65_HS1-834228961_62-HQ-83894_Section_1
Agency: FBI
Page 180
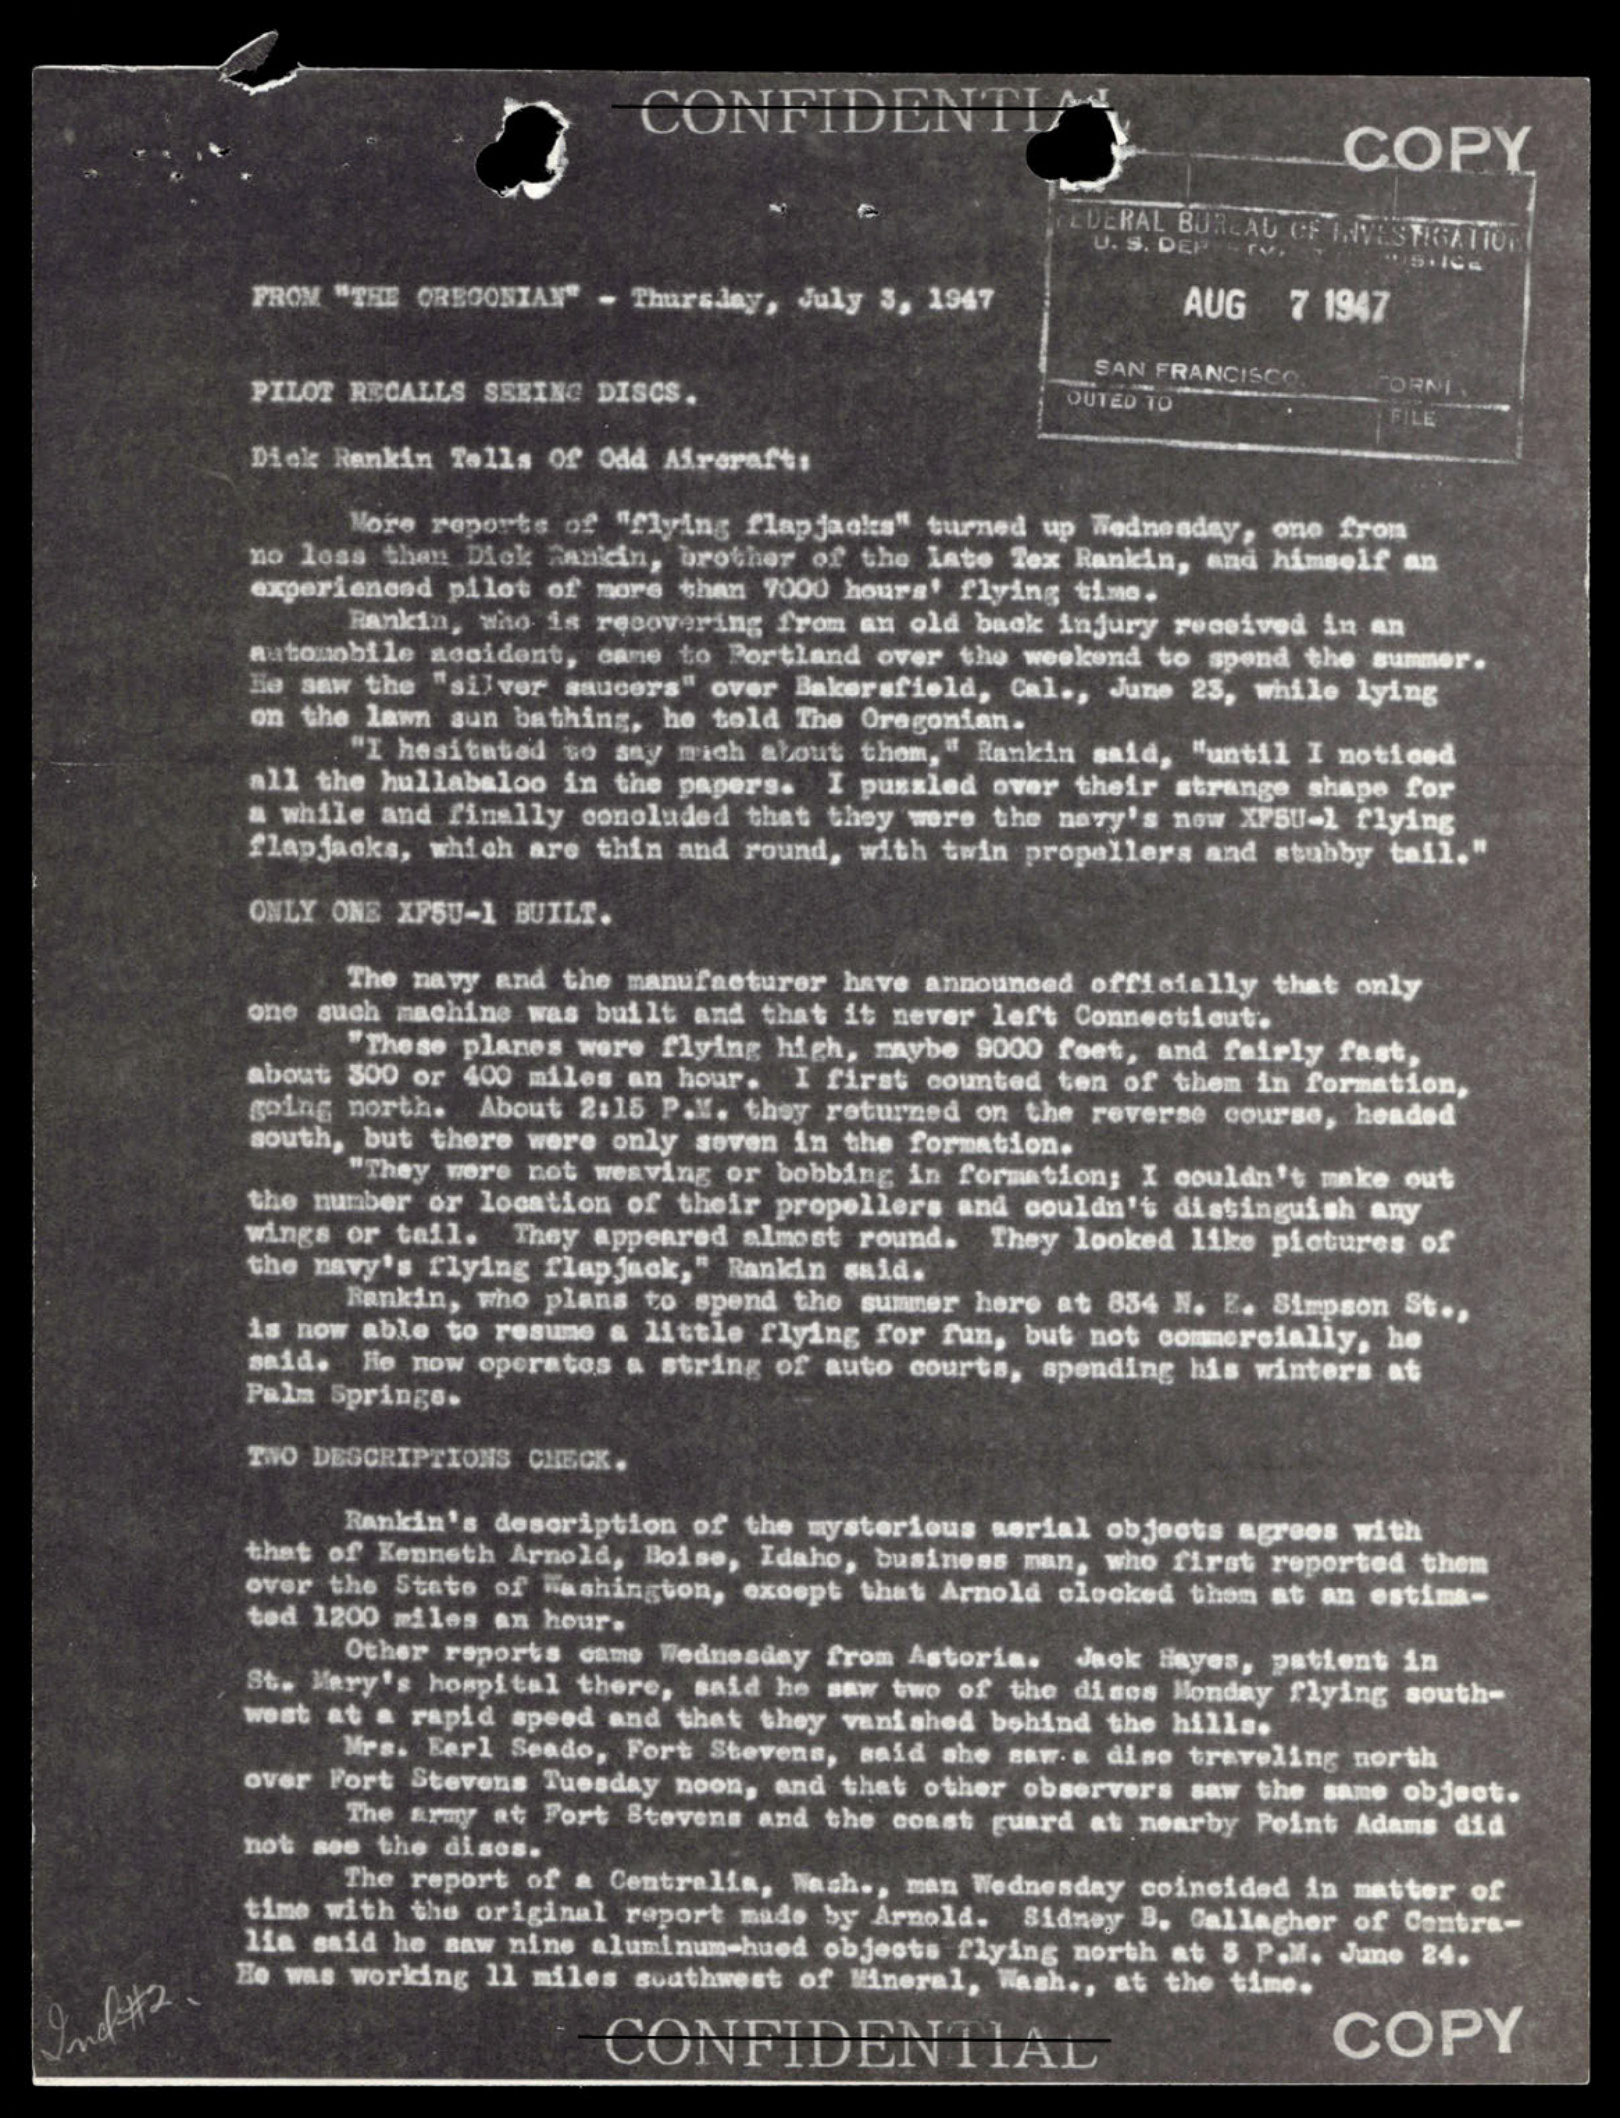